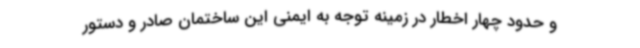
و حدود چهار اخطار در زمینه توجه به ایمنی این ساختمان صادر و دستور